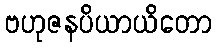
ဗဟုဇနပိယာယိတော